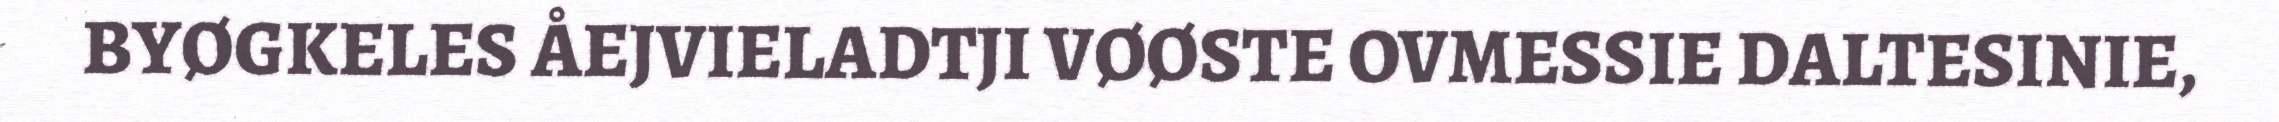
BYØGKELES ÅEJVIELADTJI VØØSTE OVMESSIE DALTESINIE,